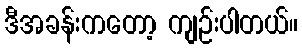
ဒီအခန်းကတော့ ကျဉ်းပါတယ်။